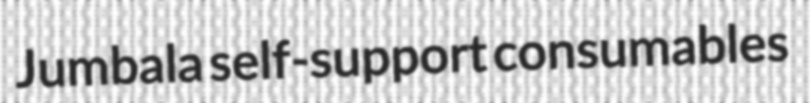
Jumbala self-support consumables